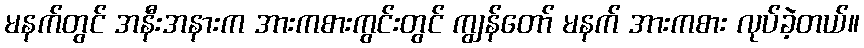
မနက်တွင် အနီးအနားက အားကစားကွင်းတွင် ကျွန်တော် မနက် အားကစား လုပ်ခဲ့တယ်။